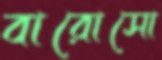
বারোসো